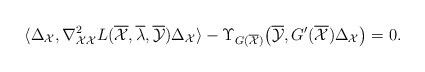
LaTeX: \begin{align*} \langle \Delta_{\mathcal{X}},\nabla_{\mathcal{X}\mathcal{X}}^2L(\overline{\mathcal{X}}, \overline{\lambda},\overline{\mathcal{Y}})\Delta_{\mathcal{X}}\rangle -\Upsilon_{G(\overline{\mathcal{X}})}\big(\overline{\mathcal{Y}},G'(\overline{\mathcal{X}})\Delta_{\mathcal{X}}\big)=0. \end{align*}